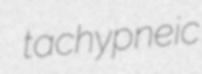
tachypneic